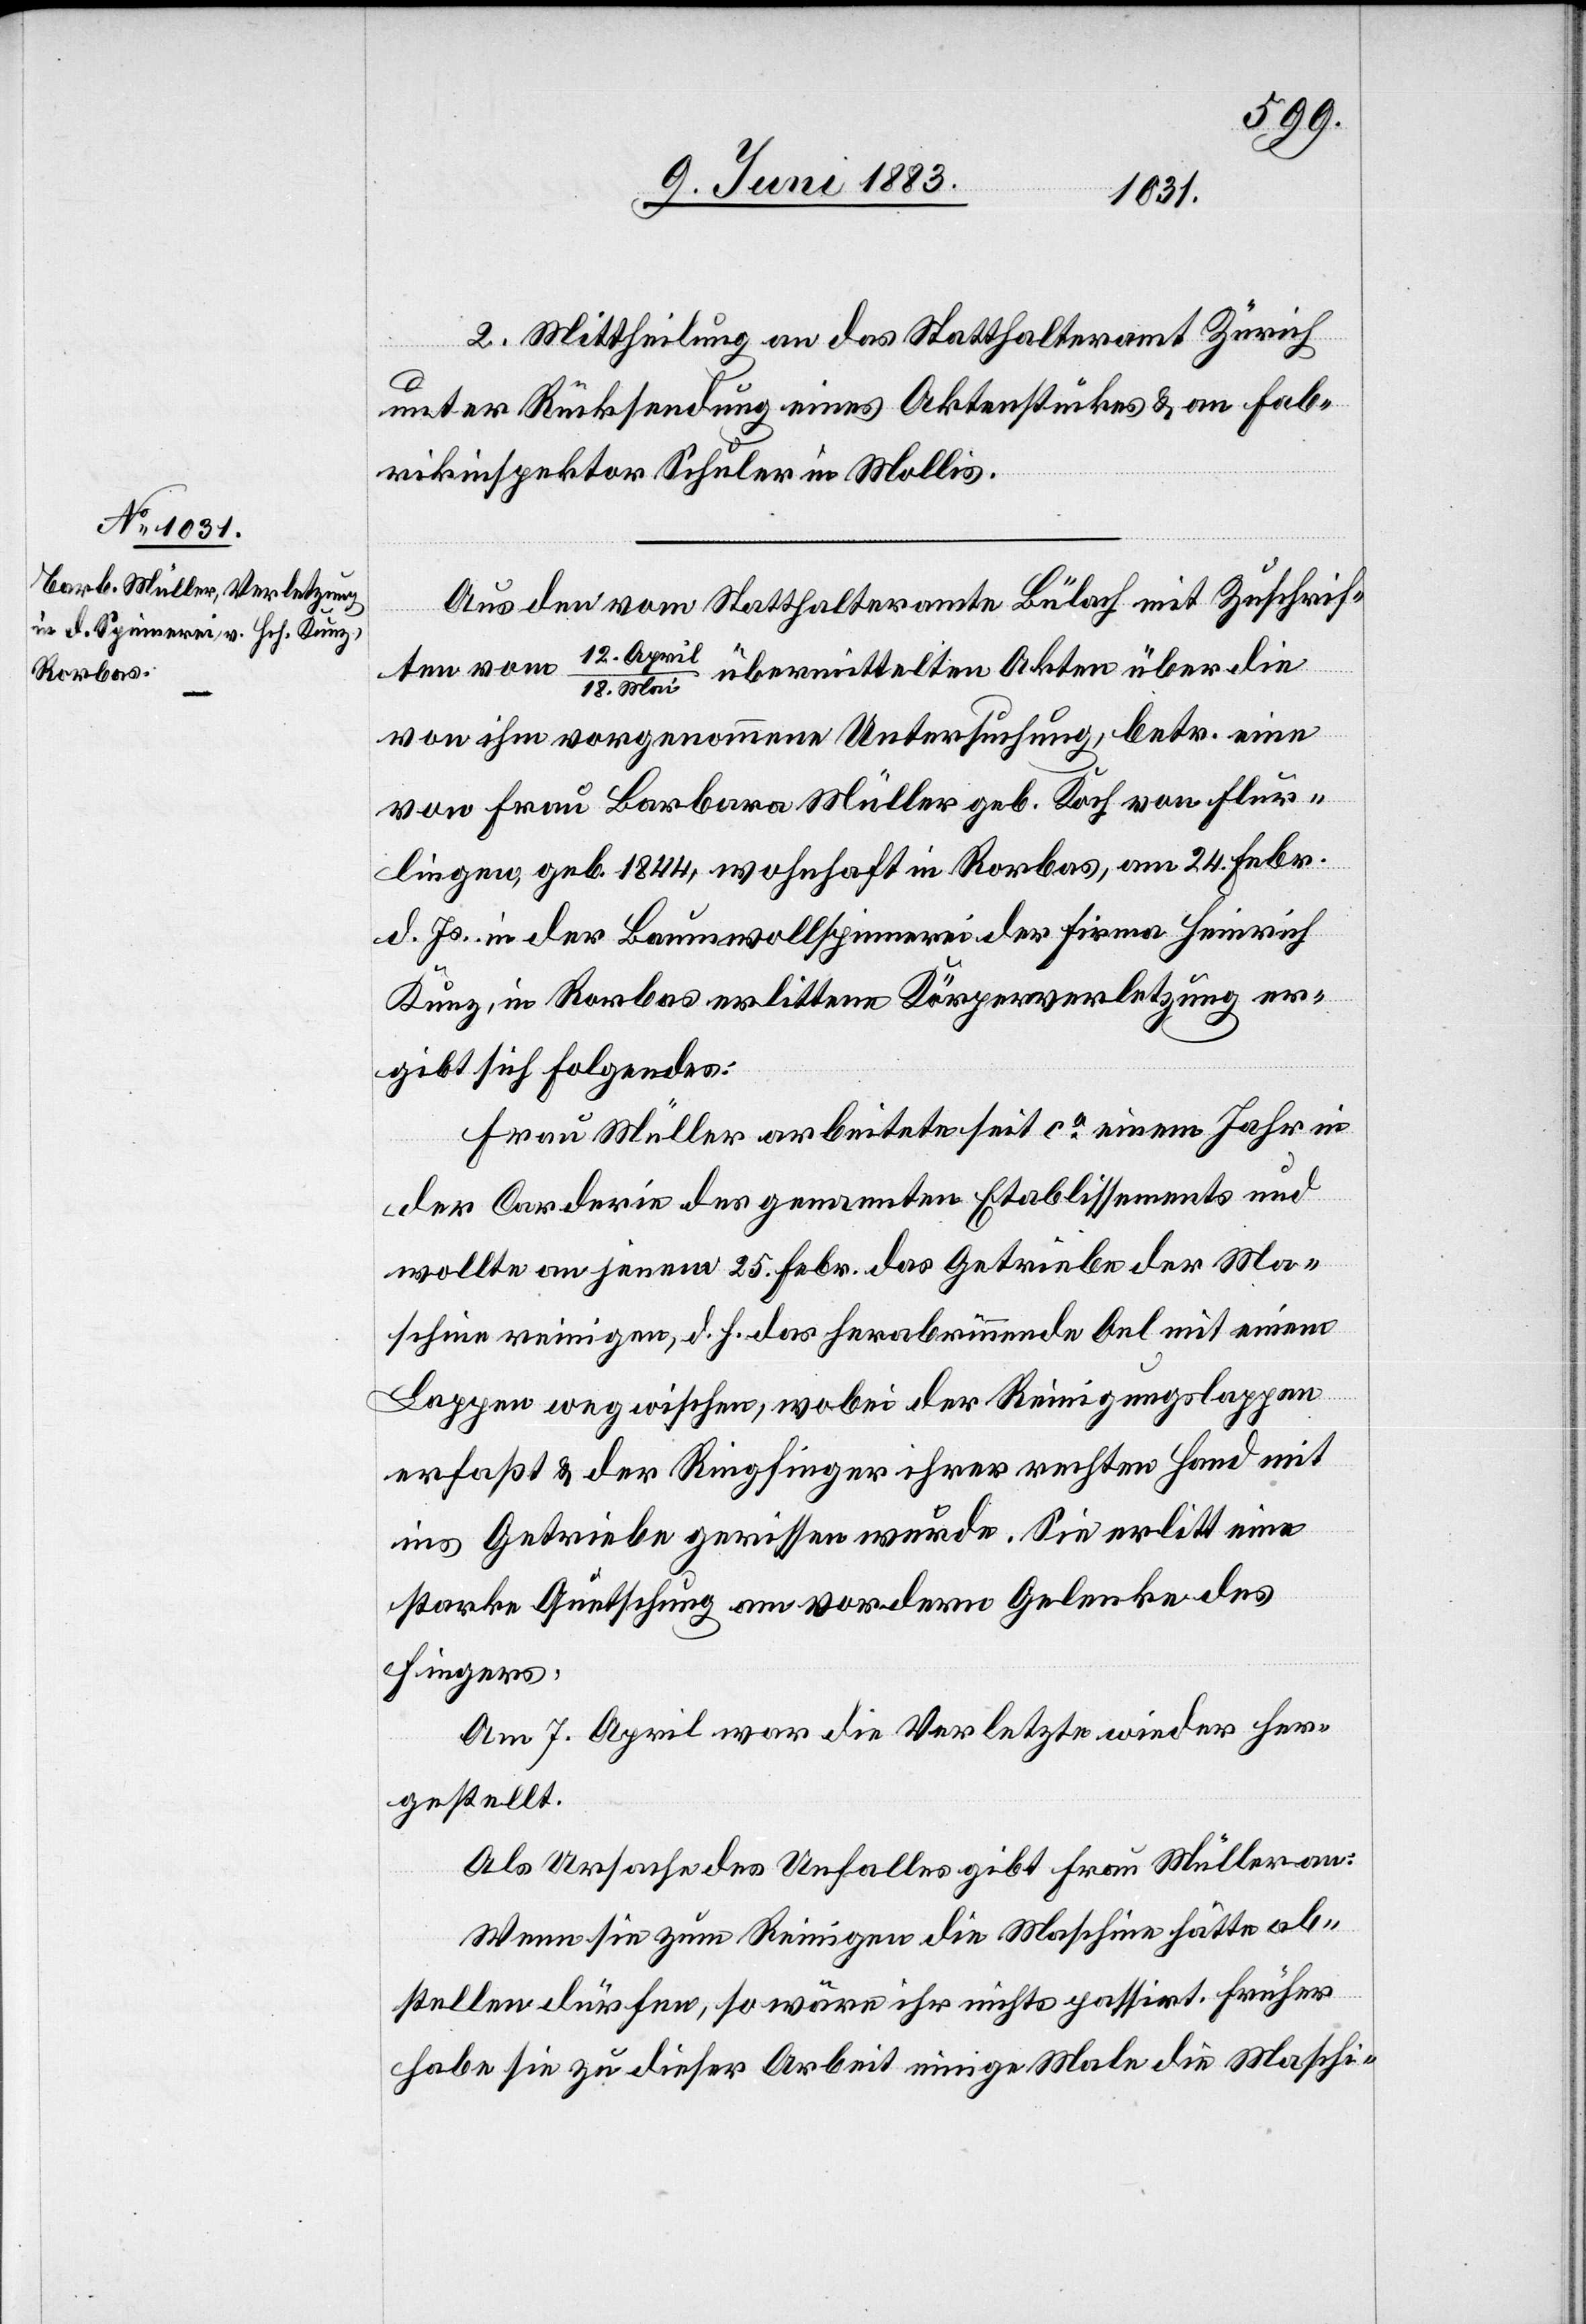
2. Mittheilung an das Statthalteramt Zürich
unter Rücksendung eines Aktenstückes & an Fab¬
rikinspektor Schuler in Mollis.
Aus den vom Statthalteramt Bülach mit Zuschrif¬
pri¬
12. A¬
ten vom
l/18. Mai übermittelten Akten über die
von ihm vorgenommene Untersuchung, betr. eine
von Frau Barbara Müller geb. Koch von Flur¬
lingen, geb. 1844, wohnhaft in Rorbas, am 24. Febr.
d. Js. in der Baumwollspinnerei der Firma Heinrich
Kunz, in Rorbas erlittene Körperverletzung er¬
gibt sich folgendes:
Frau Müller arbeitete seit ca einem Jahr in
der Corderie des genannten Etablissements und
wollte an jenem 25. Febr. das Getriebe der Ma¬
schine reinigen, d. h. das herabrinnende Oel mit einem
Lappen weg wischen, wobei der Reinigungslappen
erfasst & der Ringfinger ihrer rechten Hand mit
ins Getriebe gerissen wurde. Sie erlitt eine
starke Quetschung am vordern Gelenke des
Fingers.
Am 7. April war die Verletzte wieder her¬
gestellt.
Als Ursache des Unfalles gibt Frau Müller an:
Wenn sie zum Reinigen die Maschine hätte ab¬
stellen dürfen, so wäre ihr nichts passirt. Früher
habe sie zu dieser Arbeit einige Male die Maschi-